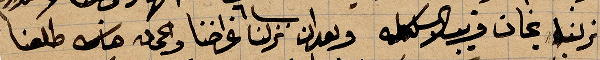
نزلنا بخان قريب تلك الللة وبعد ان نزلنا غراضنا ... كلعنا